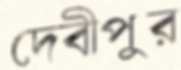
দেবীপুর